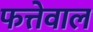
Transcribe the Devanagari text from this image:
फत्तेवाल